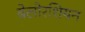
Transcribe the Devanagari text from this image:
बेलोरशियन